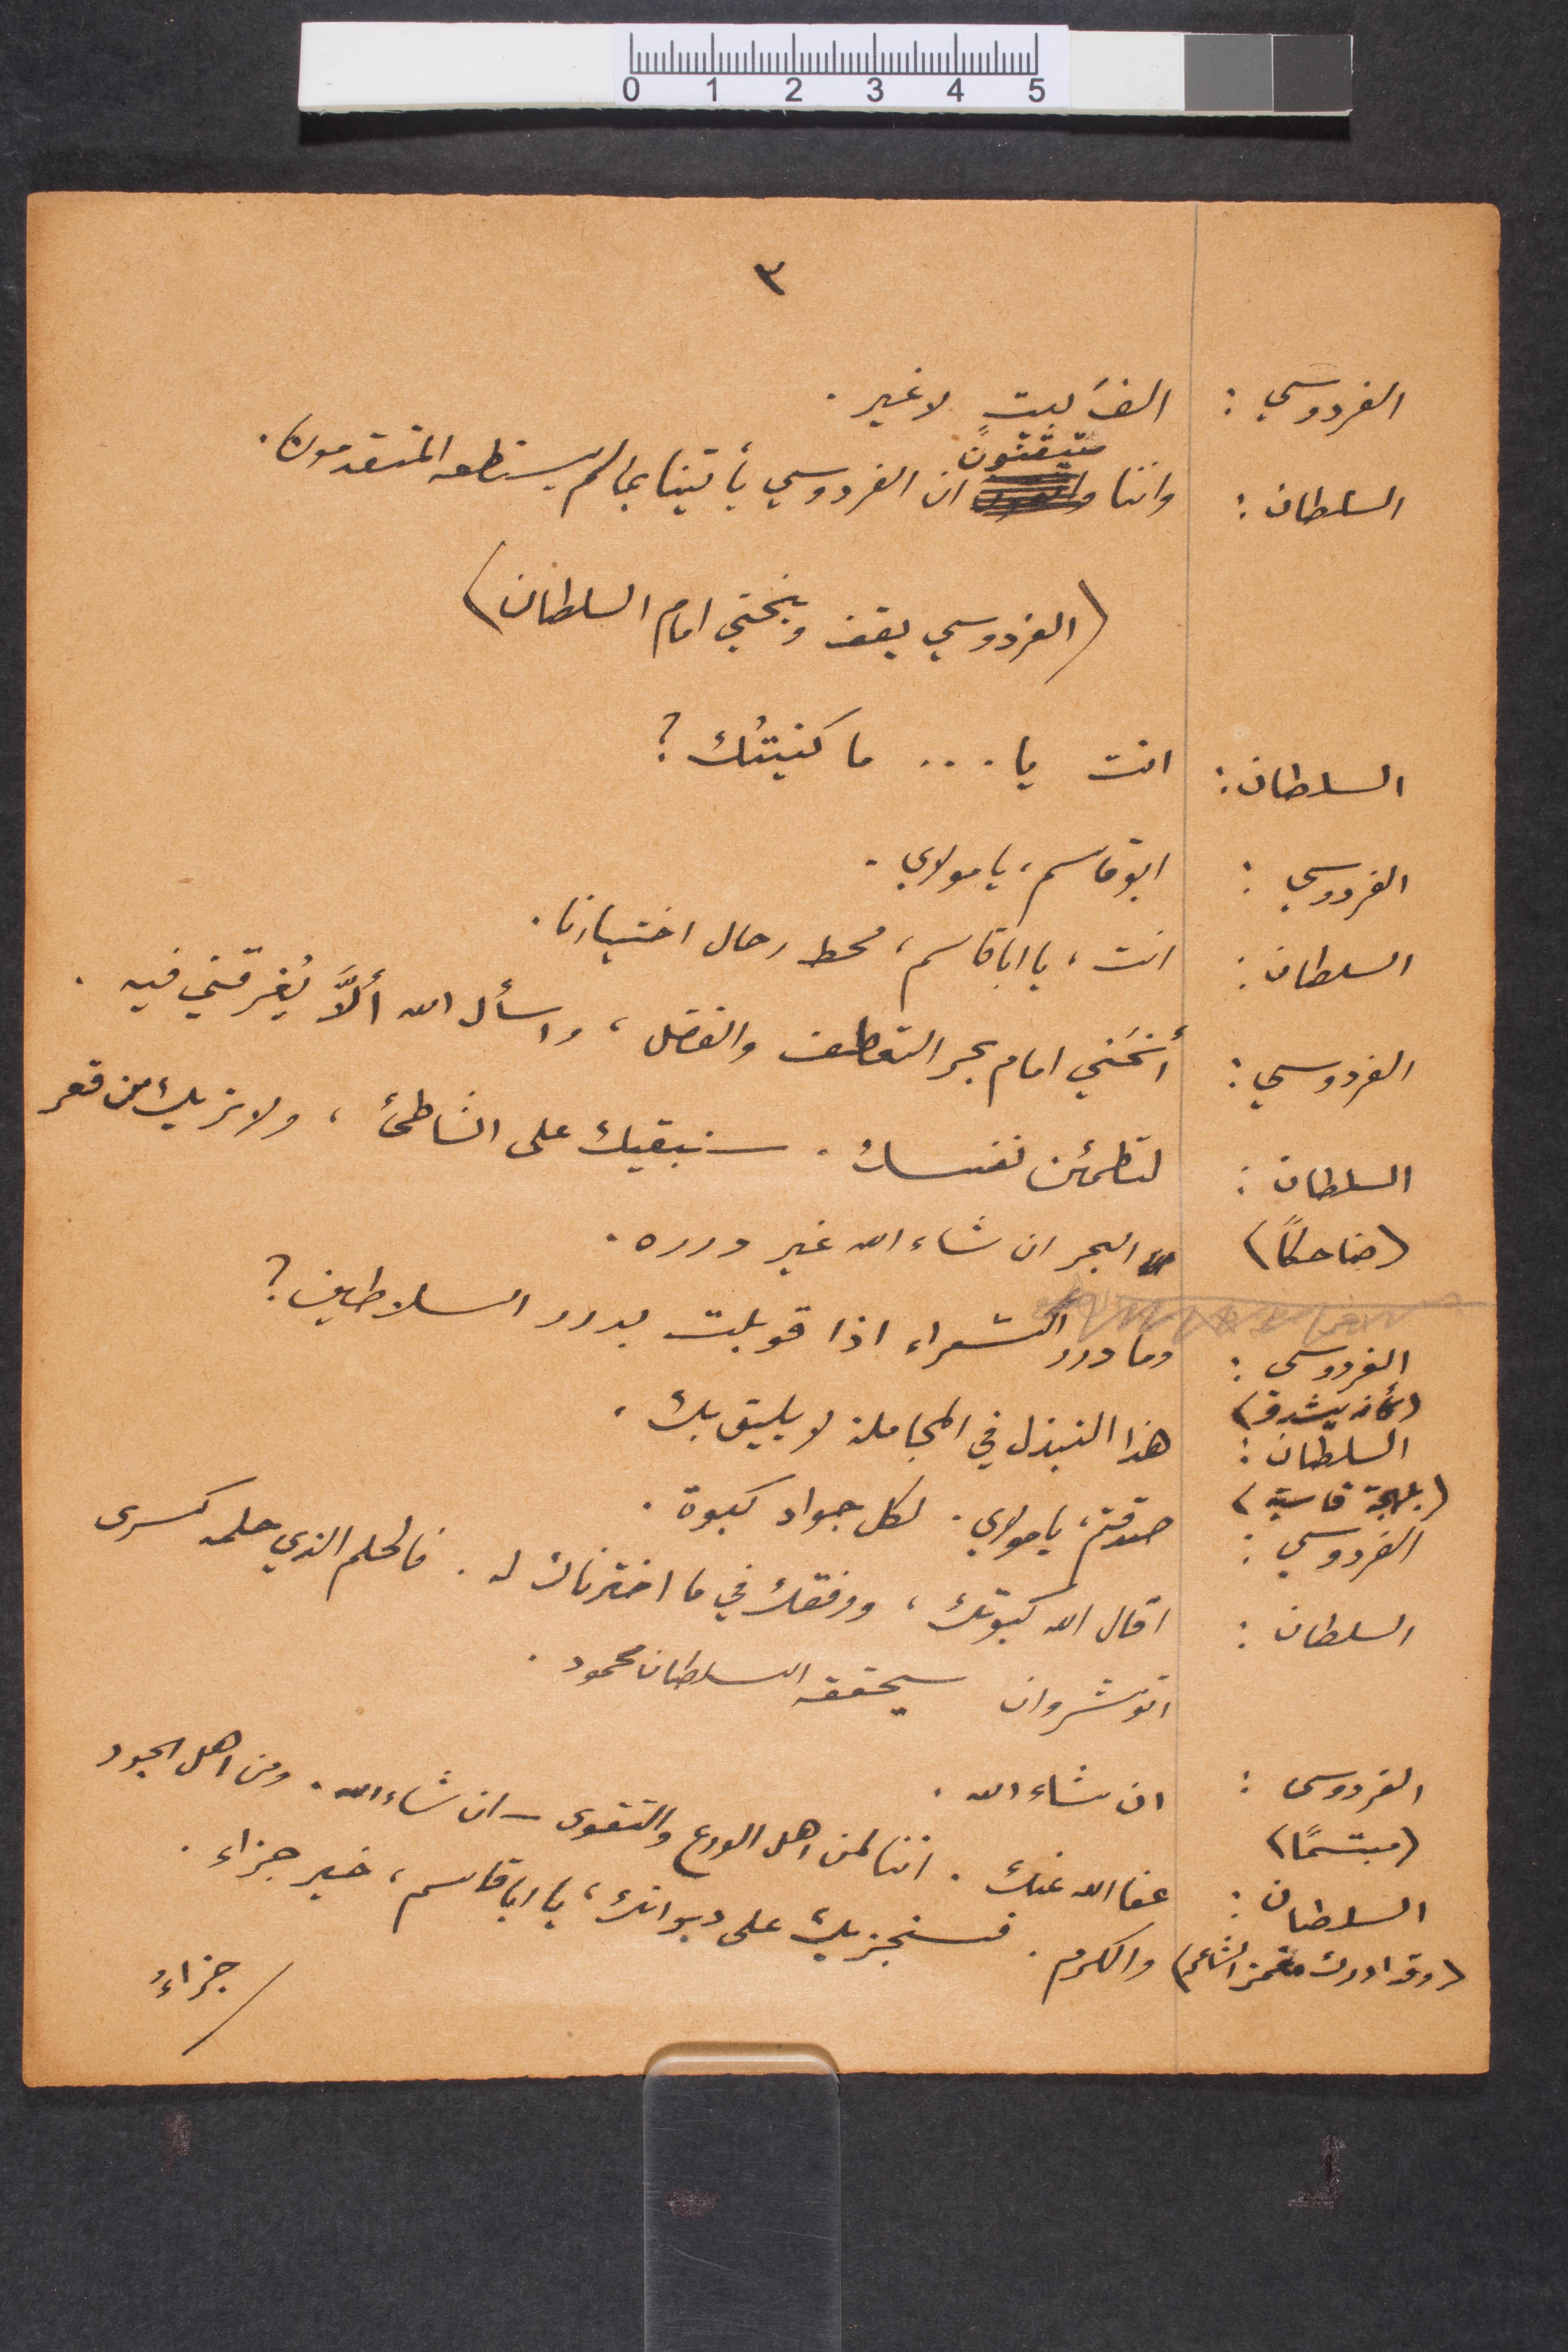
الفردوسي:
الف بيت لا غير
واننا متفقون ان الفردوسي يأتينا بما لم يستطعه المتقدمون.
السلطان:
(الفردوسي يقف وينحني امام السلطان)
انت يا .... ما كنيتُك؟
السلطان:
أبو قاسم، يا مولاي
الفردوسي:
السلطان:
انت يا أبا قاسم محط رحال اختبارنا
انحني امام بحر التعطف والفضل، واسأل الله الا يُغرقني فيه
الفردوسي:
لتطمئن نفسك. سنبقيك على الشاطئ، ولا تر بك من قعر
السلطان:
(ضاحكًا)
البحر ان شاء الله غير درره.
وما درر الشعراء اذا قوبلت بدرر السلاطين؟
الفردوسي:
(كأنه يتشدق)
هذا النزل في المجاملة لا يليق بك.
السلطان:
(لهجة قاسية)
الفردوسي:
صدقتم يا مولاي، لكل جواد كبوة
اقال الله كبوتك، ووفقك في ما اخترناك له. فالحلم الذي حلمه كسرى
السلطان:
انوشروان سيحققه السلطان محمود
الفردوسي:
ان شاء الله
(مبتسمًا)
عفا الله عنك. اننا لمن اهل الورع والتقوى_ان شاء الله. ومن أهل الجود
السلطان:
جزاءُ
(وقد ادرك مغمز الشاعر)
والكرم. فسنجزيك على ديوانك، يا أبا قاسم، خير جزاء